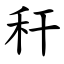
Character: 秆